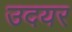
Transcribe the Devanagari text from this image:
उदयर